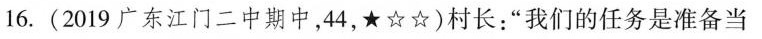
16.(2019广东江门二中期中，44，★☆☆)村长：”我们的任务是准备当